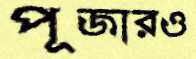
পূজারও